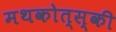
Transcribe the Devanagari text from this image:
मथकोत्स्की